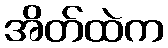
အိတ်ထဲက